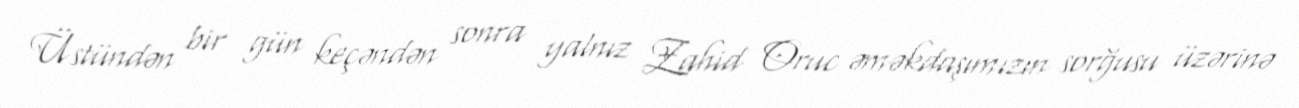
Üstündən bir gün keçəndən sonra yalnız Zahid Oruc əməkdaşımızın sorğusu üzərinə